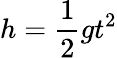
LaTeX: h=\frac{1}{2}gt^{2}